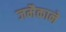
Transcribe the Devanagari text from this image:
जमैकाने